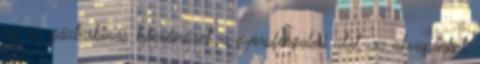
az új, gázturbinás hőerőművet, a gyorsforgalmi utat, az akvaparkot,